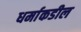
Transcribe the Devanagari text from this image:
धर्माकडील